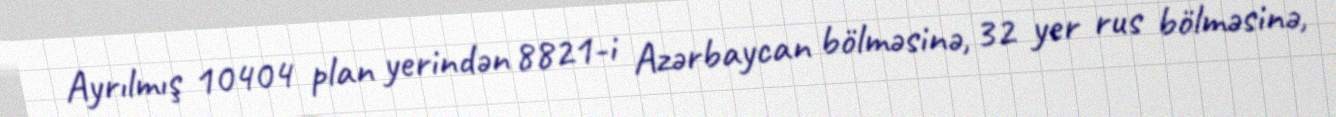
Ayrılmış 10404 plan yerindən 8821-i Azərbaycan bölməsinə, 32 yer rus bölməsinə,